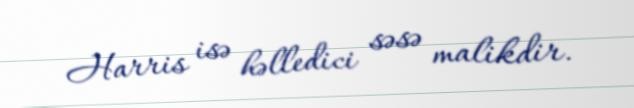
Harris isə həlledici səsə malikdir.